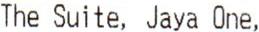
THE SUITE, JAYA ONE,